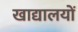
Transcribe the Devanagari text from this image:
खाद्यालयों